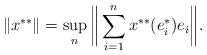
LaTeX: \begin{align*}\|x^{**}\|=\sup_n\bigg\|\sum_{i=1}^n x^{**}(e_i^*)e_i\bigg\|.\end{align*}